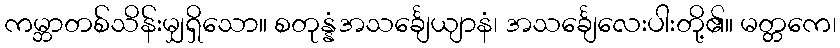
ကမ္ဘာတစ်သိန်းမျှရှိသော။ စတုန္နံအသင်္ချေယျာနံ၊ အသင်္ချေလေးပါးတို့၏။ မတ္တကေ၊